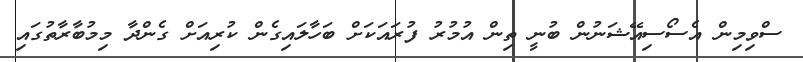
ސްވިމިން އެސޯސިއޭޝަނުން ބުނީ ތިން އުމުރު ފުރައަކަށް ބަހާލައިގެން ކުރިއަށް ގެންދާ މިމުބާރާތުގައި